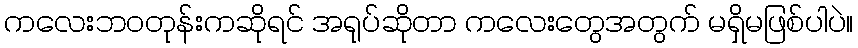
ကလေးဘဝတုန်းကဆိုရင် အရုပ်ဆိုတာ ကလေးတွေအတွက် မရှိမဖြစ်ပါပဲ။